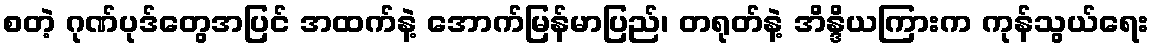
စတဲ့ ဂုဏ်ပုဒ်တွေအပြင် အထက်နဲ့ အောက်မြန်မာပြည်၊ တရုတ်နဲ့ အိန္ဒိယကြားက ကုန်သွယ်ရေး